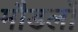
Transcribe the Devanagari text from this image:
मौडलों